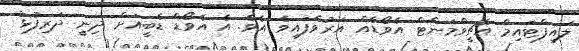
ލައިފްޓައިމް އެޗީވްމަންޓް އެވޯޑެއް އަރުވާފައިވެ އެވެ. އެ އެވޯޑް ޑެބީއަށް ދިނީ ދަރިފުޅު